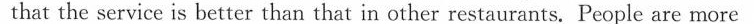
that the service is better than that in other restaurants. People are more